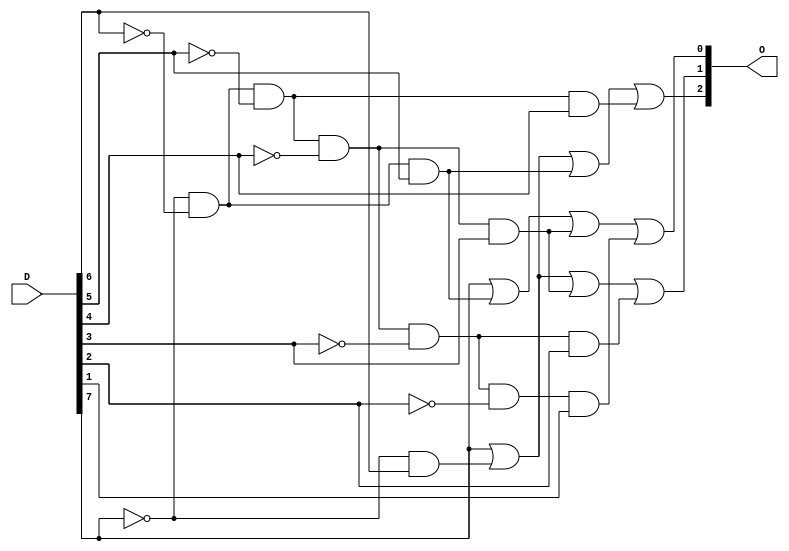
`timescale 1ns / 1ps
//////////////////////////////////////////////////////////////////////////////////
// Company: 
// Engineer: 
// 
// Design Name: 
// Module Name: pri_enc_8x3
// Project Name: 
// Target Devices: 
// Tool Versions: 
// Description: 
// 
// Dependencies: 
// 
// Revision:
// Revision 0.01 - File Created
// Additional Comments:
// 
//////////////////////////////////////////////////////////////////////////////////


module top_a1_q3_struct_pri_enc_8x3(D, O);

    // Declaring the ports

    input [7:0] D;
    output [2:0] O;
 
    // Declaring the internal wires
   
    wire [7:0] not_D;
    wire [6:0] comb;  
    
    // Making each combinations - 1xxxxx, 01xxxx, 001xxxx, etc
    
    not (not_D[7], D[7]);       // Taking invert of every input
    not (not_D[6], D[6]); 
    not (not_D[5], D[5]); 
    not (not_D[4], D[4]); 
    not (not_D[3], D[3]); 
    not (not_D[2], D[2]); 
    not (not_D[1], D[1]); 
    not (not_D[0], D[0]); 
    
    and (comb[6], not_D[7], D[6]);            // Making every combination of input possible except the last one
    and (comb[5], not_D[7], not_D[6], D[5]);  // These combinations are made as per the truth table, ignoring the last input bits that are don't cares
    and (comb[4], not_D[7], not_D[6], not_D[5], D[4]);
    and (comb[3], not_D[7], not_D[6], not_D[5], not_D[4], D[3]);
    and (comb[2], not_D[7], not_D[6], not_D[5], not_D[4], not_D[3], D[2]);
    and (comb[1], not_D[7], not_D[6], not_D[5], not_D[4], not_D[3], not_D[2], D[1]);
    and (comb[0], not_D[7], not_D[6], not_D[5], not_D[4], not_D[3], not_D[2], not_D[1], D[0]);
    
    
    
     
    // generating the output bits  
    or (O[2], D[7], comb[6], comb[5], comb[4]);    
    or (O[1], D[7], comb[6], comb[3], comb[2]);
    or (O[0], D[7], comb[5], comb[3], comb[1]);
      

endmodule